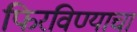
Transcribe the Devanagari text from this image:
फिरविण्याचा